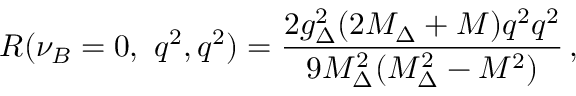
R ( \nu _ { B } = 0 , \ q ^ { 2 } , q ^ { 2 } ) = { \frac { 2 g _ { \Delta } ^ { 2 } ( 2 M _ { \Delta } + M ) q ^ { 2 } q ^ { 2 } } { 9 M _ { \Delta } ^ { 2 } ( M _ { \Delta } ^ { 2 } - M ^ { 2 } ) } } \, ,